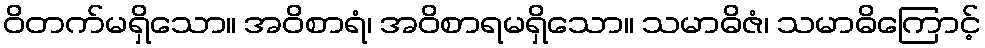
ဝိတက်မရှိသော။ အဝိစာရံ၊ အဝိစာရမရှိသော။ သမာဓိဇံ၊ သမာဓိကြောင့်